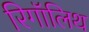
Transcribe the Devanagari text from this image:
रिगॉलिथ